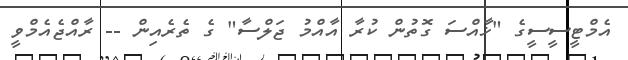
އެމްޓީސީސީގެ "ޚާއްސަ ގޮތުން ކުރާ އާއްމު ޖަލްސާ" ގެ ތެރެއިން -- ރާއްޖެއެމްވީ